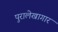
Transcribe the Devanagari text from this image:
पुरालेखागार